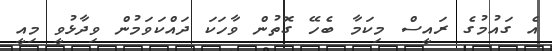
އެ ގައުމުގެ ރައީސް މިކަމާ ބެހޭ ގޮތުން ވާހަކަ ދައްކަވަމުން ވިދާޅުވީ މިއީ